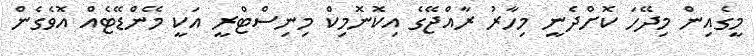
މީގެއިން މިދޭހަ ކޮށްދެނީ މިހާރު ރާއްޖޭގެ އިކޮނޮމިކް މިނިސްޓްރީ އަކީ މޭންޑޭޓެއް އޮވެގެން